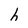
Character: h